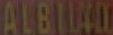
ALBILAD